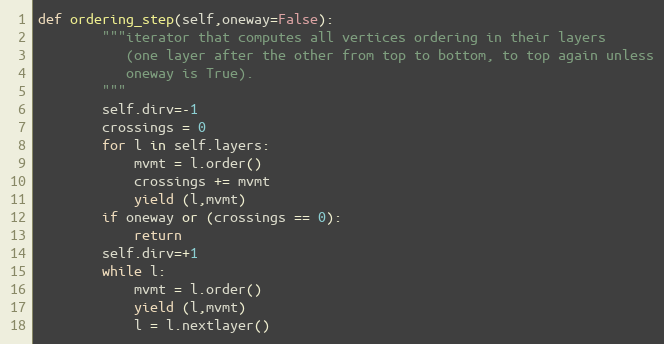
Language: Python
def ordering_step(self,oneway=False):
        """iterator that computes all vertices ordering in their layers
           (one layer after the other from top to bottom, to top again unless
           oneway is True).
        """
        self.dirv=-1
        crossings = 0
        for l in self.layers:
            mvmt = l.order()
            crossings += mvmt
            yield (l,mvmt)
        if oneway or (crossings == 0):
            return
        self.dirv=+1
        while l:
            mvmt = l.order()
            yield (l,mvmt)
            l = l.nextlayer()